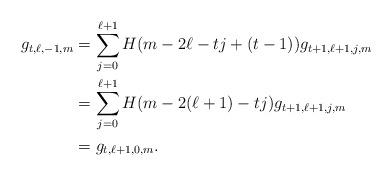
LaTeX: \begin{align*}g_{t,\ell,-1,m}&=\sum_{j=0}^{\ell+1} H(m-2\ell-tj+(t-1)) g_{t+1,\ell+1,j,m}\\&=\sum_{j=0}^{\ell+1} H(m-2(\ell+1)-tj)g_{t+1,\ell+1,j,m}\\&=g_{t,\ell+1,0,m}.\end{align*}